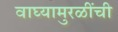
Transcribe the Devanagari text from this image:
वाघ्यामुरळींची